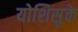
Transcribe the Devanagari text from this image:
योशिसुके